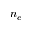
n _ { e }